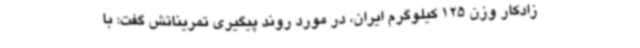
زادکار وزن 125 کیلوگرم ایران، در مورد روند پیگیری تمریناتش گفت: با